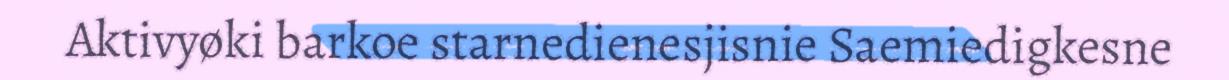
Aktivyøki barkoe starnedienesjisnie Saemiedigkesne